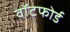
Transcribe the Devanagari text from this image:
वॉटफोर्ड